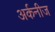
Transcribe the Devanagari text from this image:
अर्कनीज